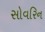
સોવરિન